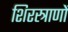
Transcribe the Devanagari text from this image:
शिरस्त्राणों